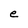
Character: e